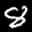
Label: 8